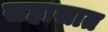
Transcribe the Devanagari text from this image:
सहासात